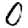
Digit: 0